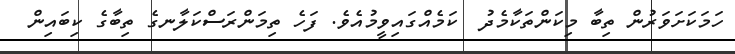
ހަމަކަށަވަރުން ތިބާ މިކަންތަކާމެދު  ކަމެއްގައިވީމުއެވެ. ފަހެ ތިމަންރަސްކަލާނގެ ތިބާގެ ކިބައިން